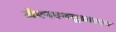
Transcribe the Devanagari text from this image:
जेएनएनयूआरएम